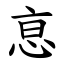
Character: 恴